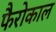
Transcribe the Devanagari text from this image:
फैरोकाल